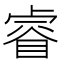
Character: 睿